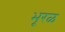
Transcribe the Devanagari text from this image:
भूरळ